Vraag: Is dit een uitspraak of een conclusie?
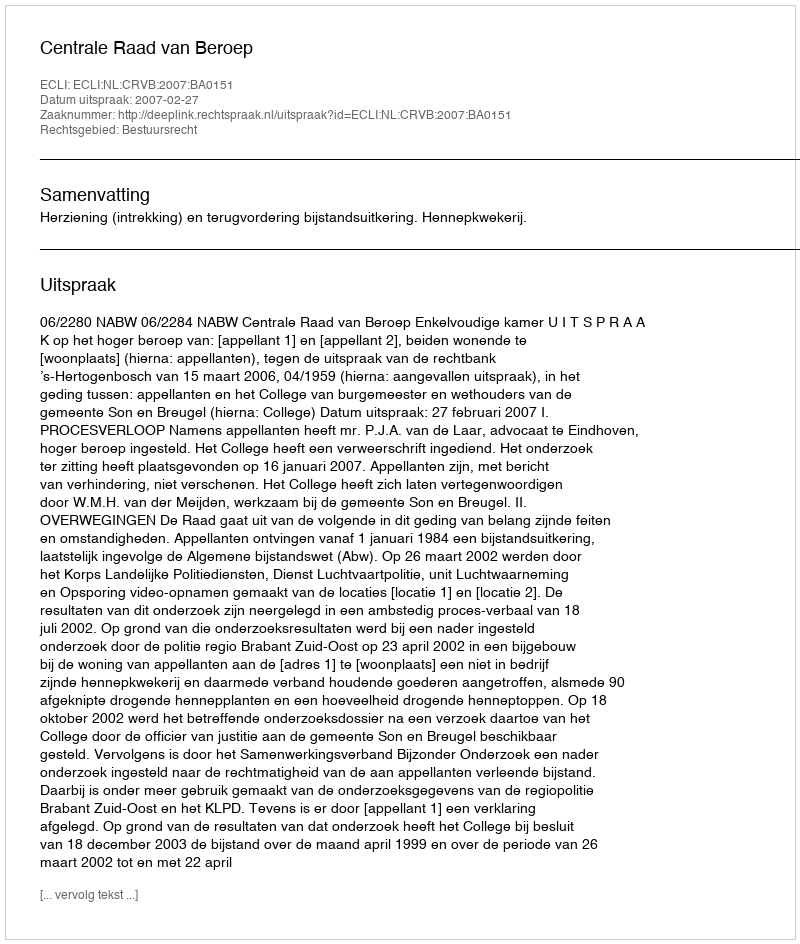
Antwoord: Uitspraak